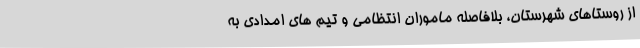
از روستاهای شهرستان، بلافاصله ماموران انتظامی و تیم های امدادی به